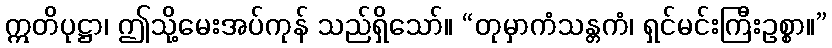
ဣတိပုဋ္ဌာ၊ ဤသို့မေးအပ်ကုန် သည်ရှိသော်။ “တုမှာကံသန္တကံ၊ ရှင်မင်းကြီးဥစ္စာ။”